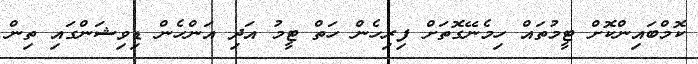
ކޮމްބައިންކޮށް ޓީމުތައް ހިމެނޭގޮތަށް ފިރިހެން ހަތް ޓީމު އަދި އަންހެން ޑިވިޝަންގައި ތިން